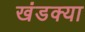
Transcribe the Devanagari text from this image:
खंडक्या